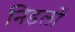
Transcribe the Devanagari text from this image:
निडलों